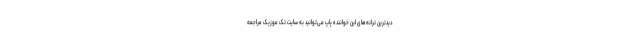
دیدترین ترانه‌های این خواننده پاپ می‌توانید به سایت تک موزیک مراجعه